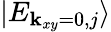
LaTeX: |E_{{\mathbf k}_{xy}=0,j}\rangle